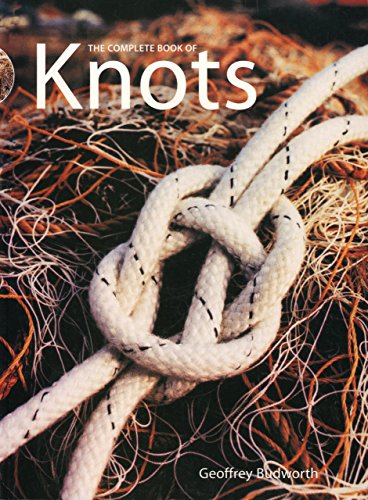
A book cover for Complete Book of Knots; Geoffrey Budworth; Crafts, Hobbies & Home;